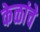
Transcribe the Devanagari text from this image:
केळांचे